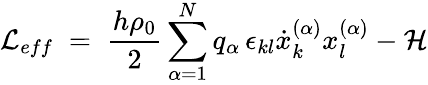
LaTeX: {\mathcal L}_{eff}\; =\; \frac{h\rho_{0}}{2}\sum_{\alpha=1}^{N}q_{\alpha}\, \epsilon_{kl}\dot{x}_{k}^{(\alpha)}x_{l}^{(\alpha)}-{\mathcal H}